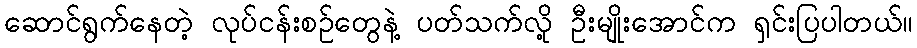
ဆောင်ရွက်နေတဲ့ လုပ်ငန်းစဉ်တွေနဲ့ ပတ်သက်လို့ ဦးမျိုးအောင်က ရှင်းပြပါတယ်။